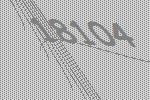
18104